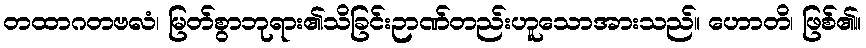
တထာဂတဗလံ၊ မြတ်စွာဘုရား၏သိခြင်းဉာဏ်တည်းဟူသောအားသည်။ ဟောတိ၊ ဖြစ်၏။